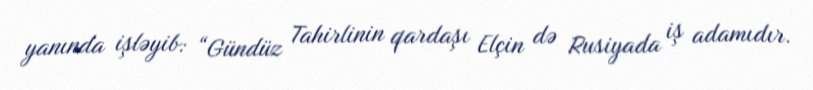
yanında işləyib: “Gündüz Tahirlinin qardaşı Elçin də Rusiyada iş adamıdır.